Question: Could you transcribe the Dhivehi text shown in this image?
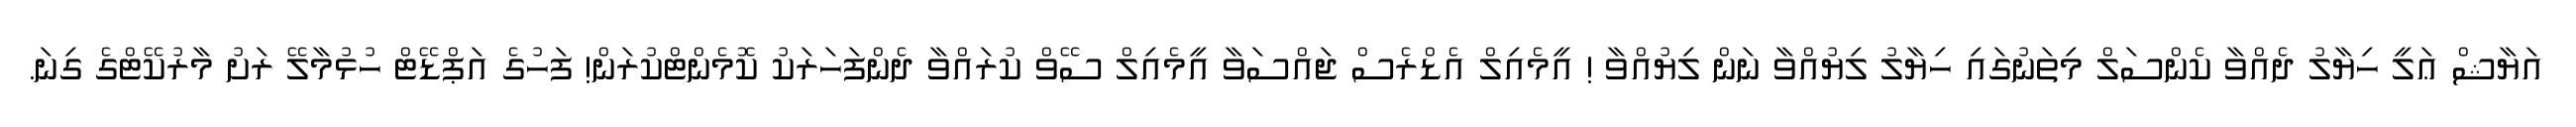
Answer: އަޔާޝް ޢަލީ ހިޔާލު ދެއްވާ ކެންސަލް މިތަނުގައި ހިޔާލު ލިޔުއްވާ ނަން ލިޔުއްވާ ! އީމެއިލް އެޑްރެސް ޖައްސަވާ އީމެއިލް ސޭވް ކުރައްވާ ދެންފަހަރަކު ކޮމެންޓްކުރަން! ފަހުގެ އަޕްޑޭޓް ހުޅުމާލޭ ރަށު މާރުކޭޓްގެ ގިނަ.